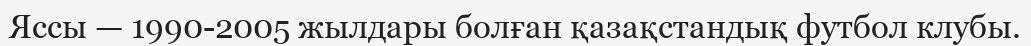
Яссы — 1990-2005 жылдары болған қазақстандық футбол клубы.